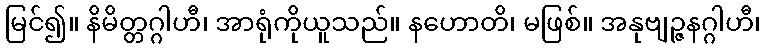
မြင်၍။ နိမိတ္တဂ္ဂါဟီ၊ အာရုံကိုယူသည်။ နဟောတိ၊ မဖြစ်။ အနုဗျဉ္ဇနဂ္ဂါဟီ၊